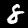
Digit: 8